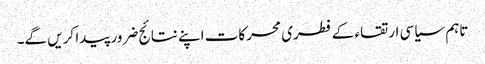
تاہم سیاسی ارتقاء کے فطری محرکات اپنے نتائج ضرور پیدا کریں گے۔